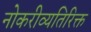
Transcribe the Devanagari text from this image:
नोकरीव्यतिरिक्त